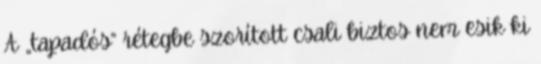
A „tapadós” rétegbe szorított csali biztos nem esik ki